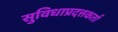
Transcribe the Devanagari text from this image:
सुविधाप्रदत्तकर्ता